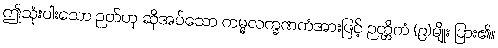
ဤသုံးပါးသော ဉတ်ဟု ဆိုအပ်သော ကမ္မလက္ခဏကံအားဖြင့် ဉတ္တိကံ (၉)မျိုး ပြား၏။